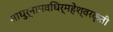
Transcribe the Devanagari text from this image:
साधुर्नामवधिर्महेश्‍वरकृती